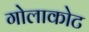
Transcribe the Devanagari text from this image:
गोलाकोट